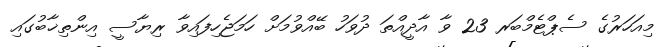
މިއަހަރުގެ ސެޕްޓެމްބަރ 23 ވާ އާދީއްތަ ދުވަހު ބޭއްވުމަށް ހަމަޖެހިފައިވާ ރިޔާސީ އިންތިޚާބުގައި